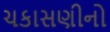
ચકાસણીનો